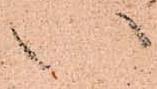
い